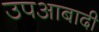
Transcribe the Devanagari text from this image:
उपआबादी